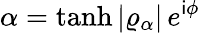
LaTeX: \alpha=\operatorname{tanh}\vert\varrho_{\alpha}\vert\, e^{\mathsf{i}\phi}